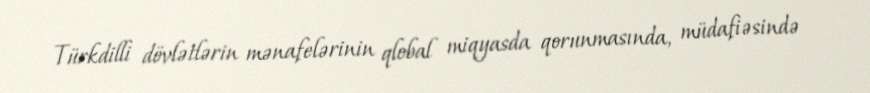
Türkdilli dövlətlərin mənafelərinin qlobal miqyasda qorunmasında, müdafiəsində